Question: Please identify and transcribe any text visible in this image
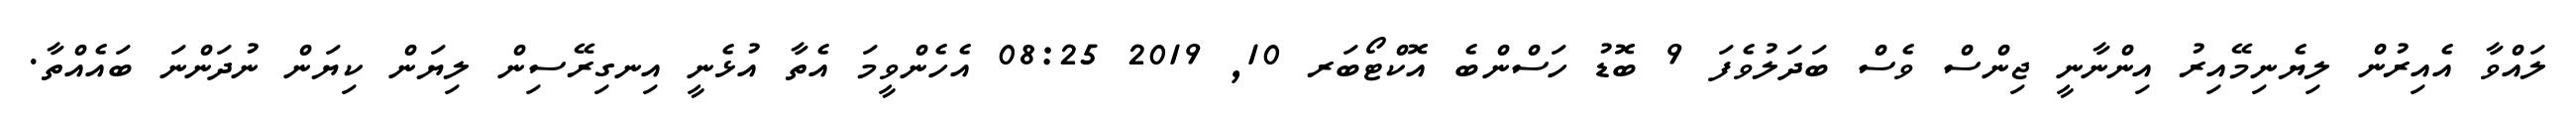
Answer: ލައްވާ އެއިރުން ލިޔެނިމޭއިރު އިންނާނީ ޖިންސް ވެސް ބަދަލުވެފަ 9 ބޮޑު ހަސްންބެ އޮކްޓޯބަރ 10, 2019 08:25 އެހެންވީމަ އެތާ އުޅެނީ އިނގިރޭސިން ލިޔަން ކިޔަން ނުދަންނަ ބައެއްތާ.